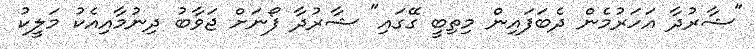
"ޝާރުދާ އަހަރުމެން ދެބަފައިން މިތިބީ ގޭގައި" ޝާރުދާ ފޯނަށް ޖަވާބު ދިނުމާއިއެކު މަލީކު